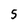
Character: 5